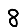
Digit: 8